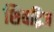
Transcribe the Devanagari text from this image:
शिवद्विज